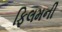
ફિલમની